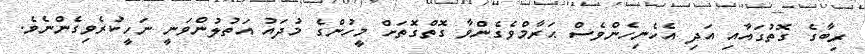
ރިބާގެ ގޮތުގައާއި އަދި އެހެނިހެންވެސް ޙަރާމްވެގެންވާ ގޮތްގޮތަށް މީހުންގެ މުދައު އަތުލުންވަނީ ނަހީކުރެވިގެންނެވެ.